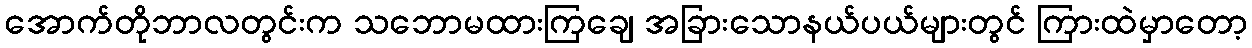
အောက်တိုဘာလတွင်းက သဘောမထားကြချေ အခြားသောနယ်ပယ်များတွင် ကြားထဲမှာတော့